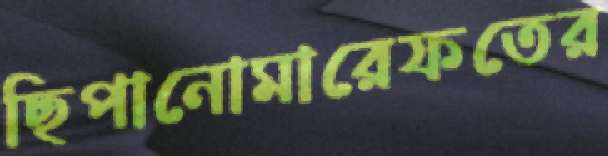
ছিপানোমারেফতের